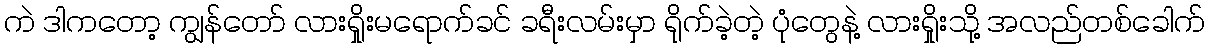
ကဲ ဒါကတော့ ကျွန်တော် လားရှိုးမရောက်ခင် ခရီးလမ်းမှာ ရိုက်ခဲ့တဲ့ ပုံတွေနဲ့ လားရှိုးသို့ အလည်တစ်ခေါက်